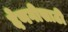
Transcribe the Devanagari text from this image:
देणगीसाठी